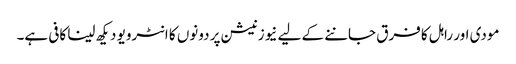
مودی اور راہل کا فرق جاننے کے لیے نیوز نیشن پر دونوں کا انٹرویو دیکھ لینا کافی ہے۔